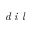
\textit { d i l }